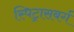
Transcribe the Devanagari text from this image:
स्पिट्रासबर्ग